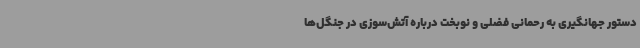
دستور جهانگیری به رحمانی‌ فضلی و نوبخت درباره آتش‌سوزی در جنگل‌ها